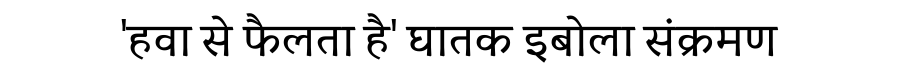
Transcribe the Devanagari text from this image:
'हवा से फैलता है' घातक इबोला संक्रमण